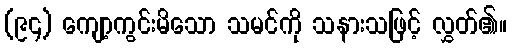
(၉၄) ကျော့ကွင်းမိသော သမင်ကို သနားသဖြင့် လွှတ်၏။